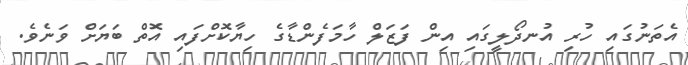
އެތަނުގައި ހުރި އުނދޯލީގައި އިން ފަޒަލް ހާމަފެންޑާގެ ހިޔާކޮށްފައި އޮތް ބަޔަށް ވަނެވެ.